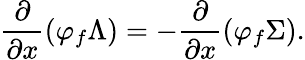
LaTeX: \frac{\partial}{\partial x}\left(\varphi_{f}\Lambda\right)=-\frac{\partial}{\partial x}\left(\varphi_{f}\Sigma\right).